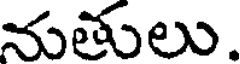
నుతులు.